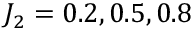
J _ { 2 } = 0 . 2 , 0 . 5 , 0 . 8